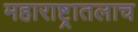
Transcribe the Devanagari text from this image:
महाराष्ट्रातलाच